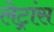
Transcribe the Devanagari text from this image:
लेट्रांस